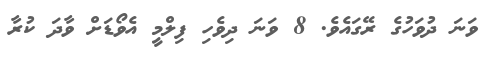
ވަނަ ދުވަހުގެ ރޭގައެވެ. 8 ވަނަ ދިވެހި ފިލްމީ އެވޯޑަށް ވާދަ ކުރާ